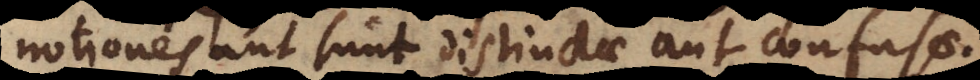
notiones aut sunt distinctae aut confusa